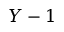
Y - 1